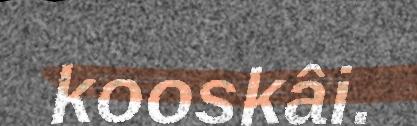
kooskâi.